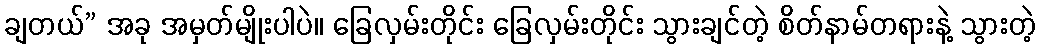
ချတယ်” အခု အမှတ်မျိုးပါပဲ။ ခြေလှမ်းတိုင်း ခြေလှမ်းတိုင်း သွားချင်တဲ့ စိတ်နာမ်တရားနဲ့ သွားတဲ့